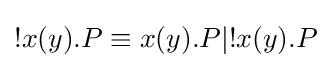
!x(y).P\equiv x(y).P|!x(y).P